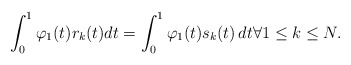
\begin{align*}\int_0^1\varphi_1(t)r_k(t)dt=\int_0^1\varphi_1(t)s_k(t)\,dt\forall1\leq k\leq N. \end{align*}